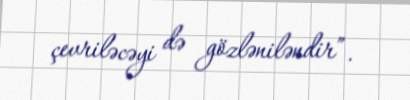
çevriləcəyi də gözləniləndir”.